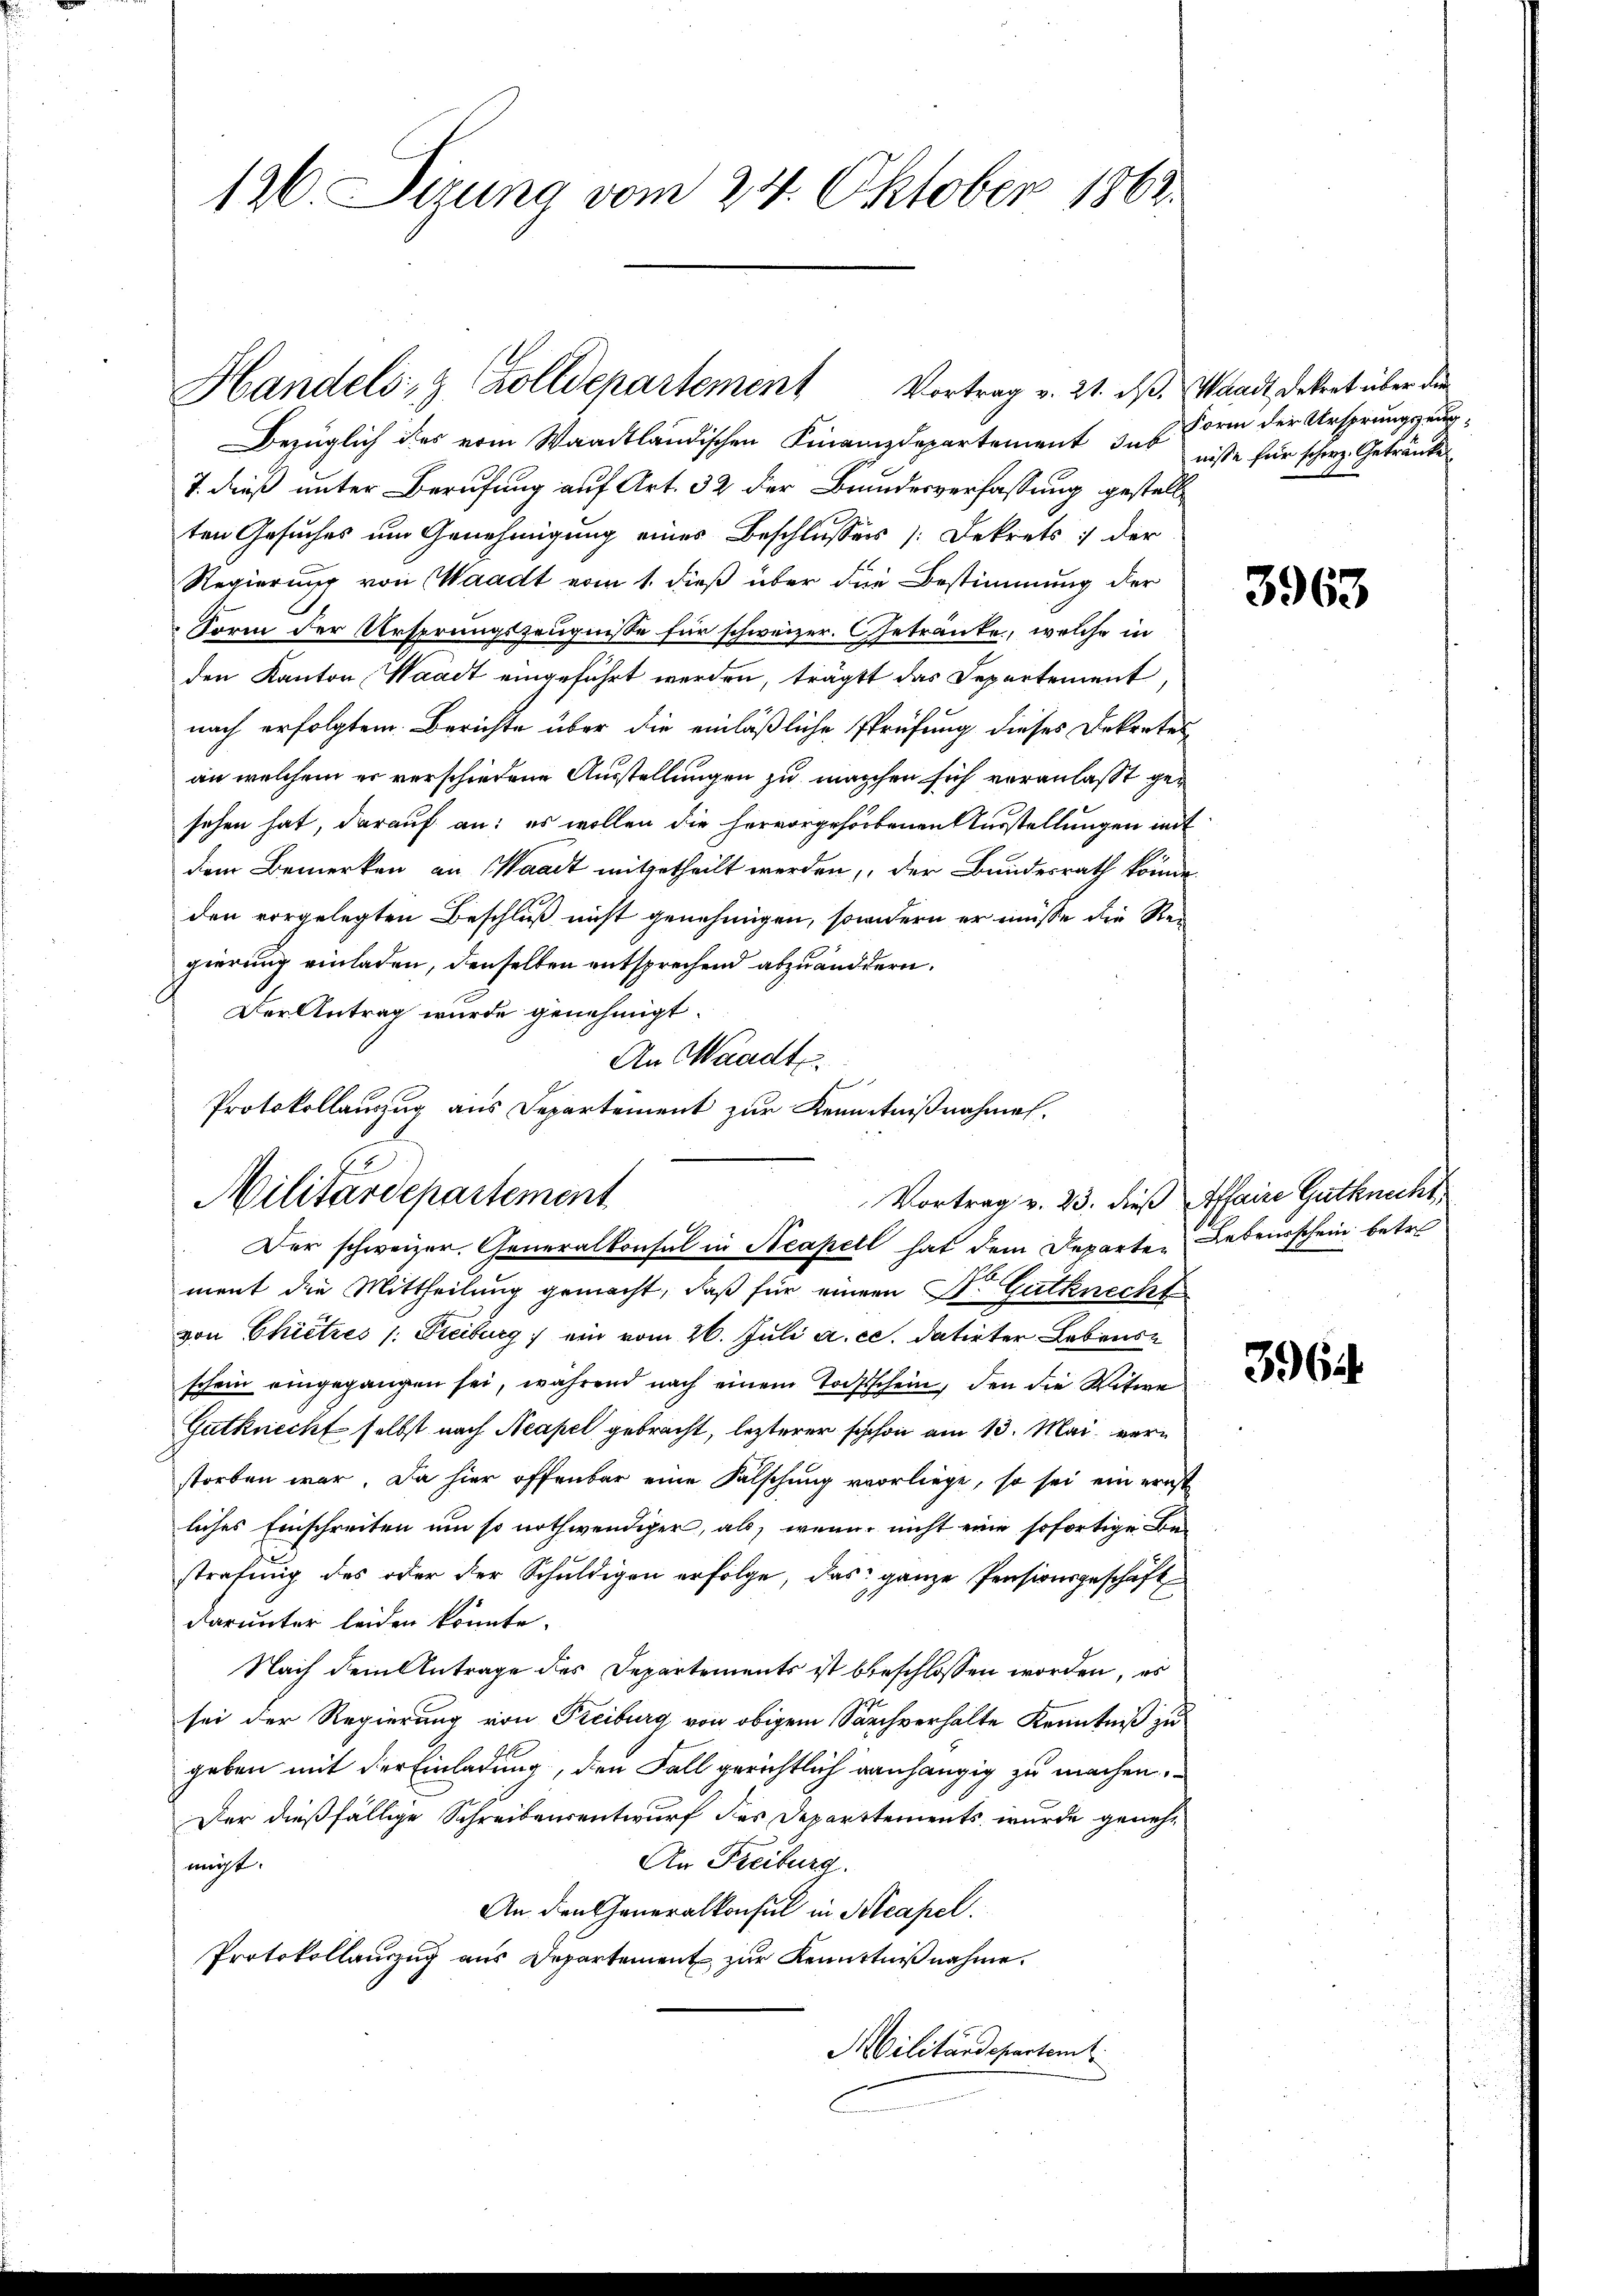
126. Sizung vom 24. Oktober 1862.

Bezüglich des vom Waadtländischen Finanzdepartement sub
7. dieß unter Berufung auf Art. 32 der Brundesverfassung gestellten Gesuches um Genehmigung eines Beschlusses [Dekrets : der
Regierung von Waadt vom 1. dieß über die Bestimmung der
Form der Ursprungszeugnisse für schweizer. Getränke, welche in
den Kanton Waadt eingeführt werden, trägtt das Departement,
nach erfolgtem Berichte über die einläßliche Prüfung dieses Dekretes
an welchem er verschiedene Ausstellungen zu machen sich veranlaßt gesehen hat, darauf an: es wollen die hervorgehorbenen Ausstellungen mit
dem Bemerken an Waadt mitgetheilt werden, der Bundesrath könne.
den vorgelegten Beschluß nicht genehmigen, sondern er müsse die Regierung einladen, denselben entsprechend abzuändern.
Der Antrag wurde genehmigt.
An Waadt.
ment die Mittheilung gemacht, daß für einem Dr. Gutknecht
von Chietzes /: Freiburg ein vom 26. Juli a. c. datirter Lebensschein eingegangen sei, während nach einem Todtschein, den die Witwe
Gutknecht selbst nach Neapel gebracht, lezterer schon am 13. Mai verstorben war. Da hier offenbar eine Falschung vorliege, so sei ein ernst
liches Einschreiten um so nothwendiger, als, wenn nicht eine sofortige Bestrafung des oder der Schuldigen erfolge, das ganze Pensionsgeschäft
.
darunter leiden könnte.
Nach dem Antrage des Departements ist beschlossen worden, es
sei der Regierung von Freiburg von obigem Sachverhälte Kenntniß zu
geben mit der Einladung, den Fall gerichtlich ganhängig zu machen.
Der dießfällige Schreibensentwurf des Departtements wurde geneh¬
An Freiburg.
nicht.
An den Generalkonsul in Neapel.
Protokollauszug aus Departement zur Kenntnißnahme.
Militärdepartem

Handels, z. Zolldepartement Vortrag v. 21. dβ. Waadt Dekret über die

Protokollauszug aus Departement zur Kenntnißnahmen.
Militärdepartement
Vortrag v. 23. dieß Affaire Gutknecht
Der schweizer. Generalkonsul in Neapell hat dem Departen Lebensschein betre

Form der Ursprungszeugnisse für scherz. Getränke

3963

3964